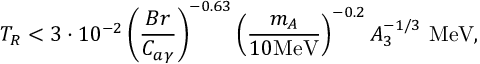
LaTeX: T _ { R } < 3 \cdot 1 0 ^ { - 2 } \left( \frac { B r } { C _ { a \gamma } } \right) ^ { - 0 . 6 3 } \left( \frac { m _ { A } } { 1 0 \mathrm { M e V } } \right) ^ { - 0 . 2 } A _ { 3 } ^ { - 1 / 3 } \mathrm { ~ M e V } ,